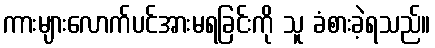
ကားများလောက်ပင်အားမရခြင်းကို သူ ခံစားခဲ့ရသည်။